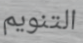
التنويم